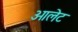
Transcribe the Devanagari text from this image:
ओलेट